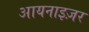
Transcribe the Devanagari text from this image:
आयनाइज़र